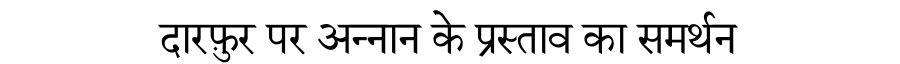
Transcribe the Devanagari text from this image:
दारफ़ुर पर अन्नान के प्रस्ताव का समर्थन